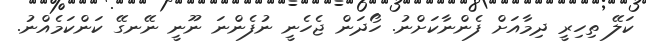
ކަލޭ ތިހިރީ ދިމާއަށް ފެންނާކަށްނު. ހޯދަން ޖެހެނީ ނުފެންނަ ނޫނީ ނޭނގޭ ކަންކަމެއްނު.